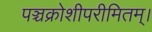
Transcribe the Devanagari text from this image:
पञ्चक्रोशीपरीमितम्।